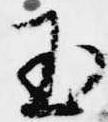
玉